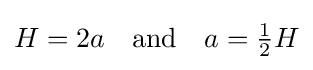
H=2a\quad {\text{and}}\quad a={\tfrac {1}{2}}H